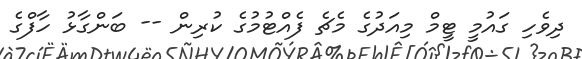
ދިވެހި ގައުމީ ޓީމް މިއަދުގެ މެޗެ ފެއްޓުމުގެ ކުރިން -- ބަންގާޅު ހާފްގެ